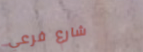
شارع فرعي